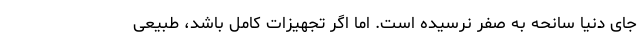
جای دنیا سانحه به صفر نرسیده است. اما اگر تجهیزات کامل باشد، طبیعی